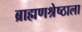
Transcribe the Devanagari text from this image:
ब्राह्मणश्रेष्ठाला